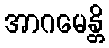
အာဂမေန္တိ